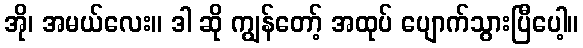
အို၊ အမယ်လေး။ ဒါ ဆို ကျွန်တော့် အထုပ် ပျောက်သွားပြီပေါ့။